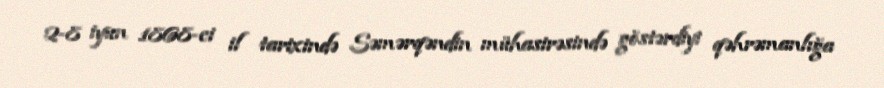
2-8 iyun 1868-ci il tarixində Səmərqəndin mühasirəsində göstərdiyi qəhrəmanlığa